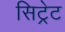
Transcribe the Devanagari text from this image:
सिट्रेट